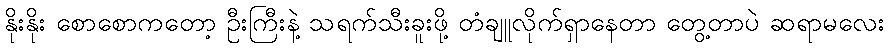
နိုးနိုး စောစောကတော့ ဦးကြီးနဲ့ သရက်သီးခူးဖို့ တံချူလိုက်ရှာနေတာ တွေ့တာပဲ ဆရာမလေး